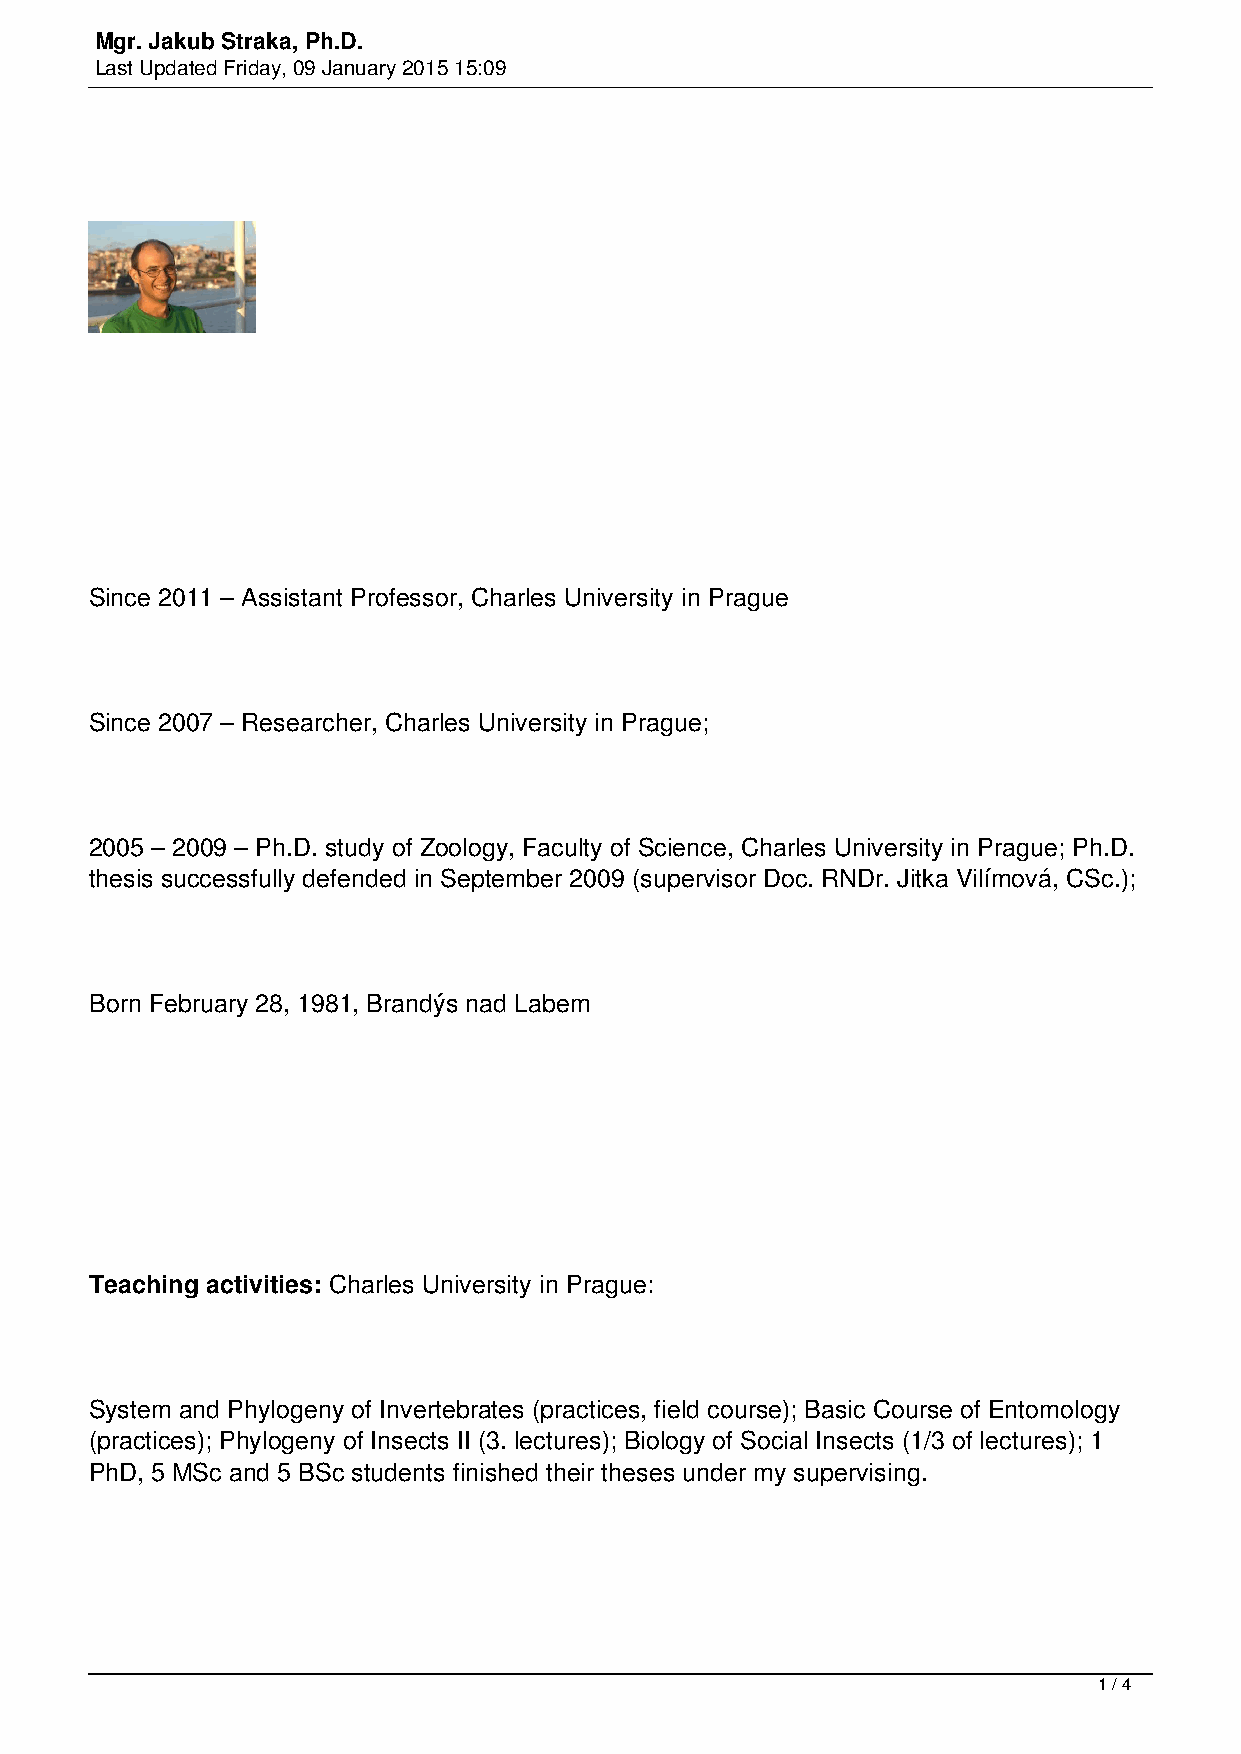
Mgr. Jakub Straka, Ph.D.
 Last Updated Friday, 09 January 2015 15:09
 Since 2011 – Assistant Professor, Charles University in Prague
 Since 2007 – Researcher, Charles University in Prague;
 2005 – 2009 – Ph.D. study of Zoology, Faculty of Science, Charles University in Prague; Ph.D.
 thesis successfully defended in September 2009 (supervisor Doc. RNDr. Jitka Vilímová, CSc.);
 Born February 28, 1981, Brandýs nad Labem
 Teaching activities: Charles University in Prague:
 System and Phylogeny of Invertebrates (practices, field course); Basic Course of Entomology
 (practices); Phylogeny of Insects II (3. lectures); Biology of Social Insects (1/3 of lectures); 1
 PhD, 5 MSc and 5 BSc students finished their theses under my supervising.
 1 / 4